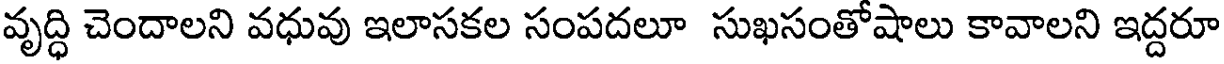
వృద్ధి చెందాలని వధువు ఇలాసకల సంపదలూ సుఖసంతోషాలు కావాలని ఇద్దరూ